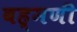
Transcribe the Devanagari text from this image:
बह्मणी